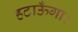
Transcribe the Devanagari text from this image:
हटाऊँगा।